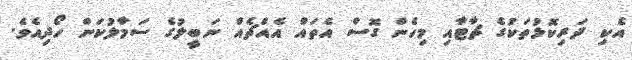
އެކި ދަރިކޮޅުތަކުގެ ޗާޓާއި މިހެން ގޮސް އެތައް އެއްޗެއް ނަބީލުގެ ސަމާލުކަން ހޯދިއެވެ.